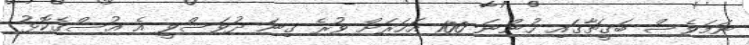
ނަމަވެސް ބަގީޗާގައި ހުންނަ 100 އަހަރަށް ވުރެ ގިނަ ދުވަސްވީ އެ އުސްގެކޮޅު